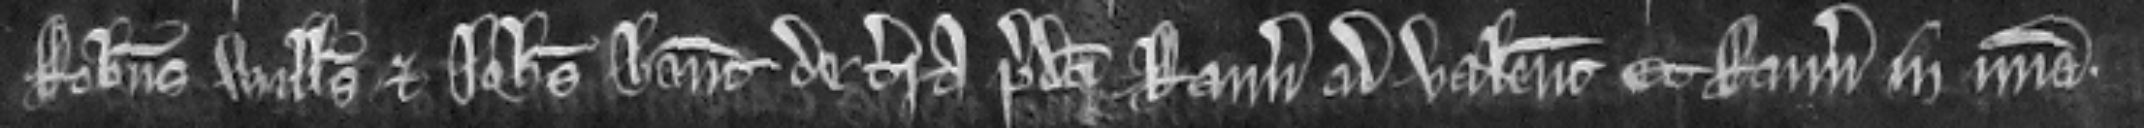
Robertus Willelmus et Johannes habeant de terra predicti Ranulfi ad valenciam. Et Ranulfus in misericordia.